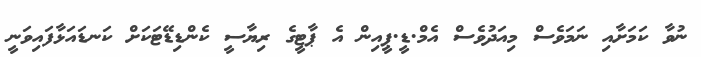
ނުވާ ކަމަށާއި ނަމަވެސް މިއަދުވެސް އެމް.ޑީ.ޕީއިން އެ ޕާޓީގެ ރިޔާސީ ކެންޑިޑޭޓަކަށް ކަނޑައަޅާފައިވަނީ